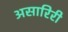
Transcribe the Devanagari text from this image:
असारिरी